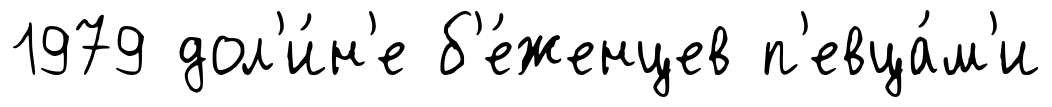
1979 дол'и́н'е б'е́женцев п'евца́м'и